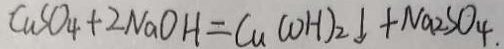
C u S O _ { 4 } + 2 N a O H = C u ( O H ) _ { 2 } \downarrow + N a _ { 2 } S O _ { 4 } .